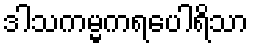
ဒါသကမ္မကရပေါရိသာ